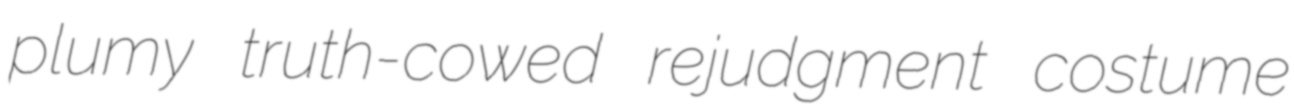
plumy truth-cowed rejudgment costume